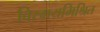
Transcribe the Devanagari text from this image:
विस्मयमिश्रित